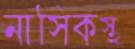
নাসিকস্থ